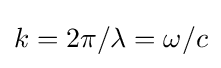
k=2\pi /\lambda =\omega /c